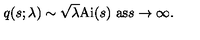
q ( s ; \lambda ) \sim \sqrt { \lambda } \mathrm { A i } ( s ) \ \mathrm { a s } s \rightarrow \infty .